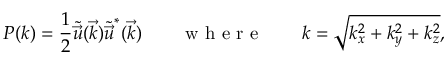
P ( k ) = \frac { 1 } { 2 } \tilde { \Vec { u } } ( \Vec { k } ) \tilde { \Vec { u } } ^ { * } ( \Vec { k } ) \quad \quad \mathrm { ~ w ~ h ~ e ~ r ~ e ~ } \quad \quad k = \sqrt { k _ { x } ^ { 2 } + k _ { y } ^ { 2 } + k _ { z } ^ { 2 } } ,